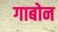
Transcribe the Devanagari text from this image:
गाबोन